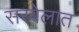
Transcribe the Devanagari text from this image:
सरवेलात